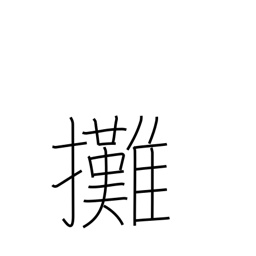
Meaning: apportion